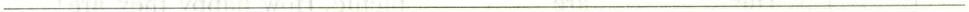
___